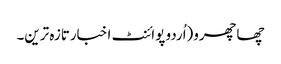
چھاچھرو(اُردو پوائنٹ اخبارتازہ ترین۔